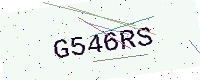
Text: G546RS